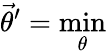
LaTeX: \vec{\theta}^{\prime}=\mathop{\operatorname*{min}}_{\theta}